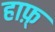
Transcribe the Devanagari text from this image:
हाफ़्